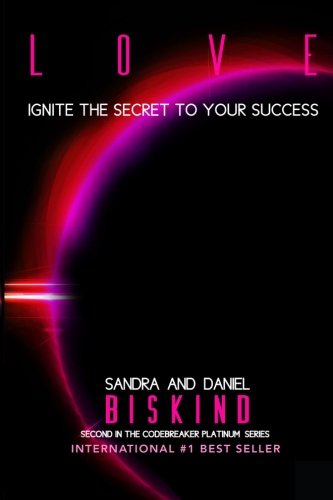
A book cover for LOVE: Ignite The Secret To Your Success, Book Two in The CODEBREAKER PLATINUM Series (Volume 2); Sandra Biskind; Health, Fitness & Dieting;